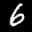
Label: 6